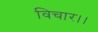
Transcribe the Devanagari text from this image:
विचार।।